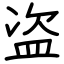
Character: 盗